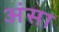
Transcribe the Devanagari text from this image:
अंसा